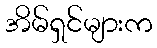
အိမ်ရှင်များက